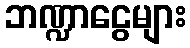
ဘဏ္ဍာငွေများ